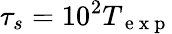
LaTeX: \tau_{s}=10^{2}T_{\mathrm{~e~x~p~}}